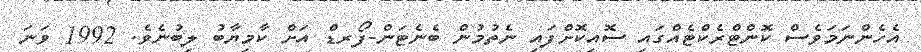
އެހެންނަމަވެސް ކޮންޓްރެކްޓެއްގައި ސޮއިކޮށްފައި ނެތުމުން ބެނެޓަން-ފޯރޑް އަށް ކާމިޔާބު ލިބުނެވެ. 1992 ވަނަ